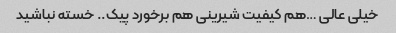
خیلی عالی …هم کیفیت شیرینی هم برخورد پیک.. خسته نباشید